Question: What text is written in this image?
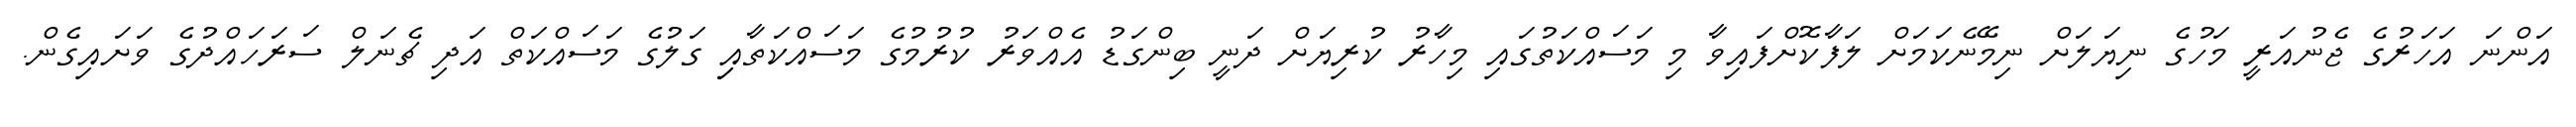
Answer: އަންނަ އަހަރުގެ ޖެނުއަރީ މަހުގެ ނިޔަލަށް ނިމޭނެކަމަށް ލަފާކޮށްފައިވާ މި މަސައްކަތުގައި މިހާރު ކުރިޔަށް ދަނީ ބިންގަޑު އެއްވަރު ކުރުމުގެ މަސައްކަތާއިި ގަލުގެ މަސައްކަތް އަދި ޗެނަލް ސަރަހައްދުގެ ވަށައިގެން.